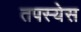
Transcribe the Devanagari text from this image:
तपस्येस